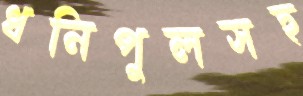
ধনিপুলসহ